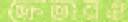
ক্রেতারও